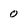
Character: 0